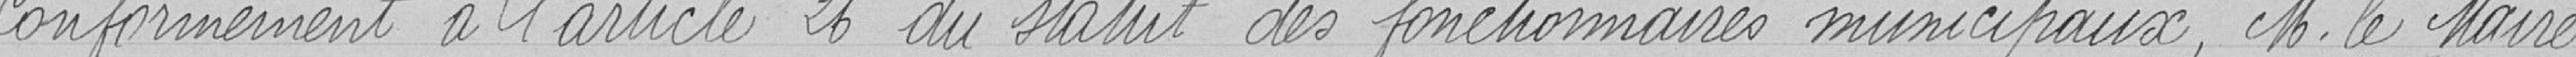
Conformément à l'article 26 du statut des fonctionnaires municipaux, Monsieur le Maire